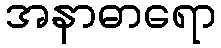
အနာဓာရော